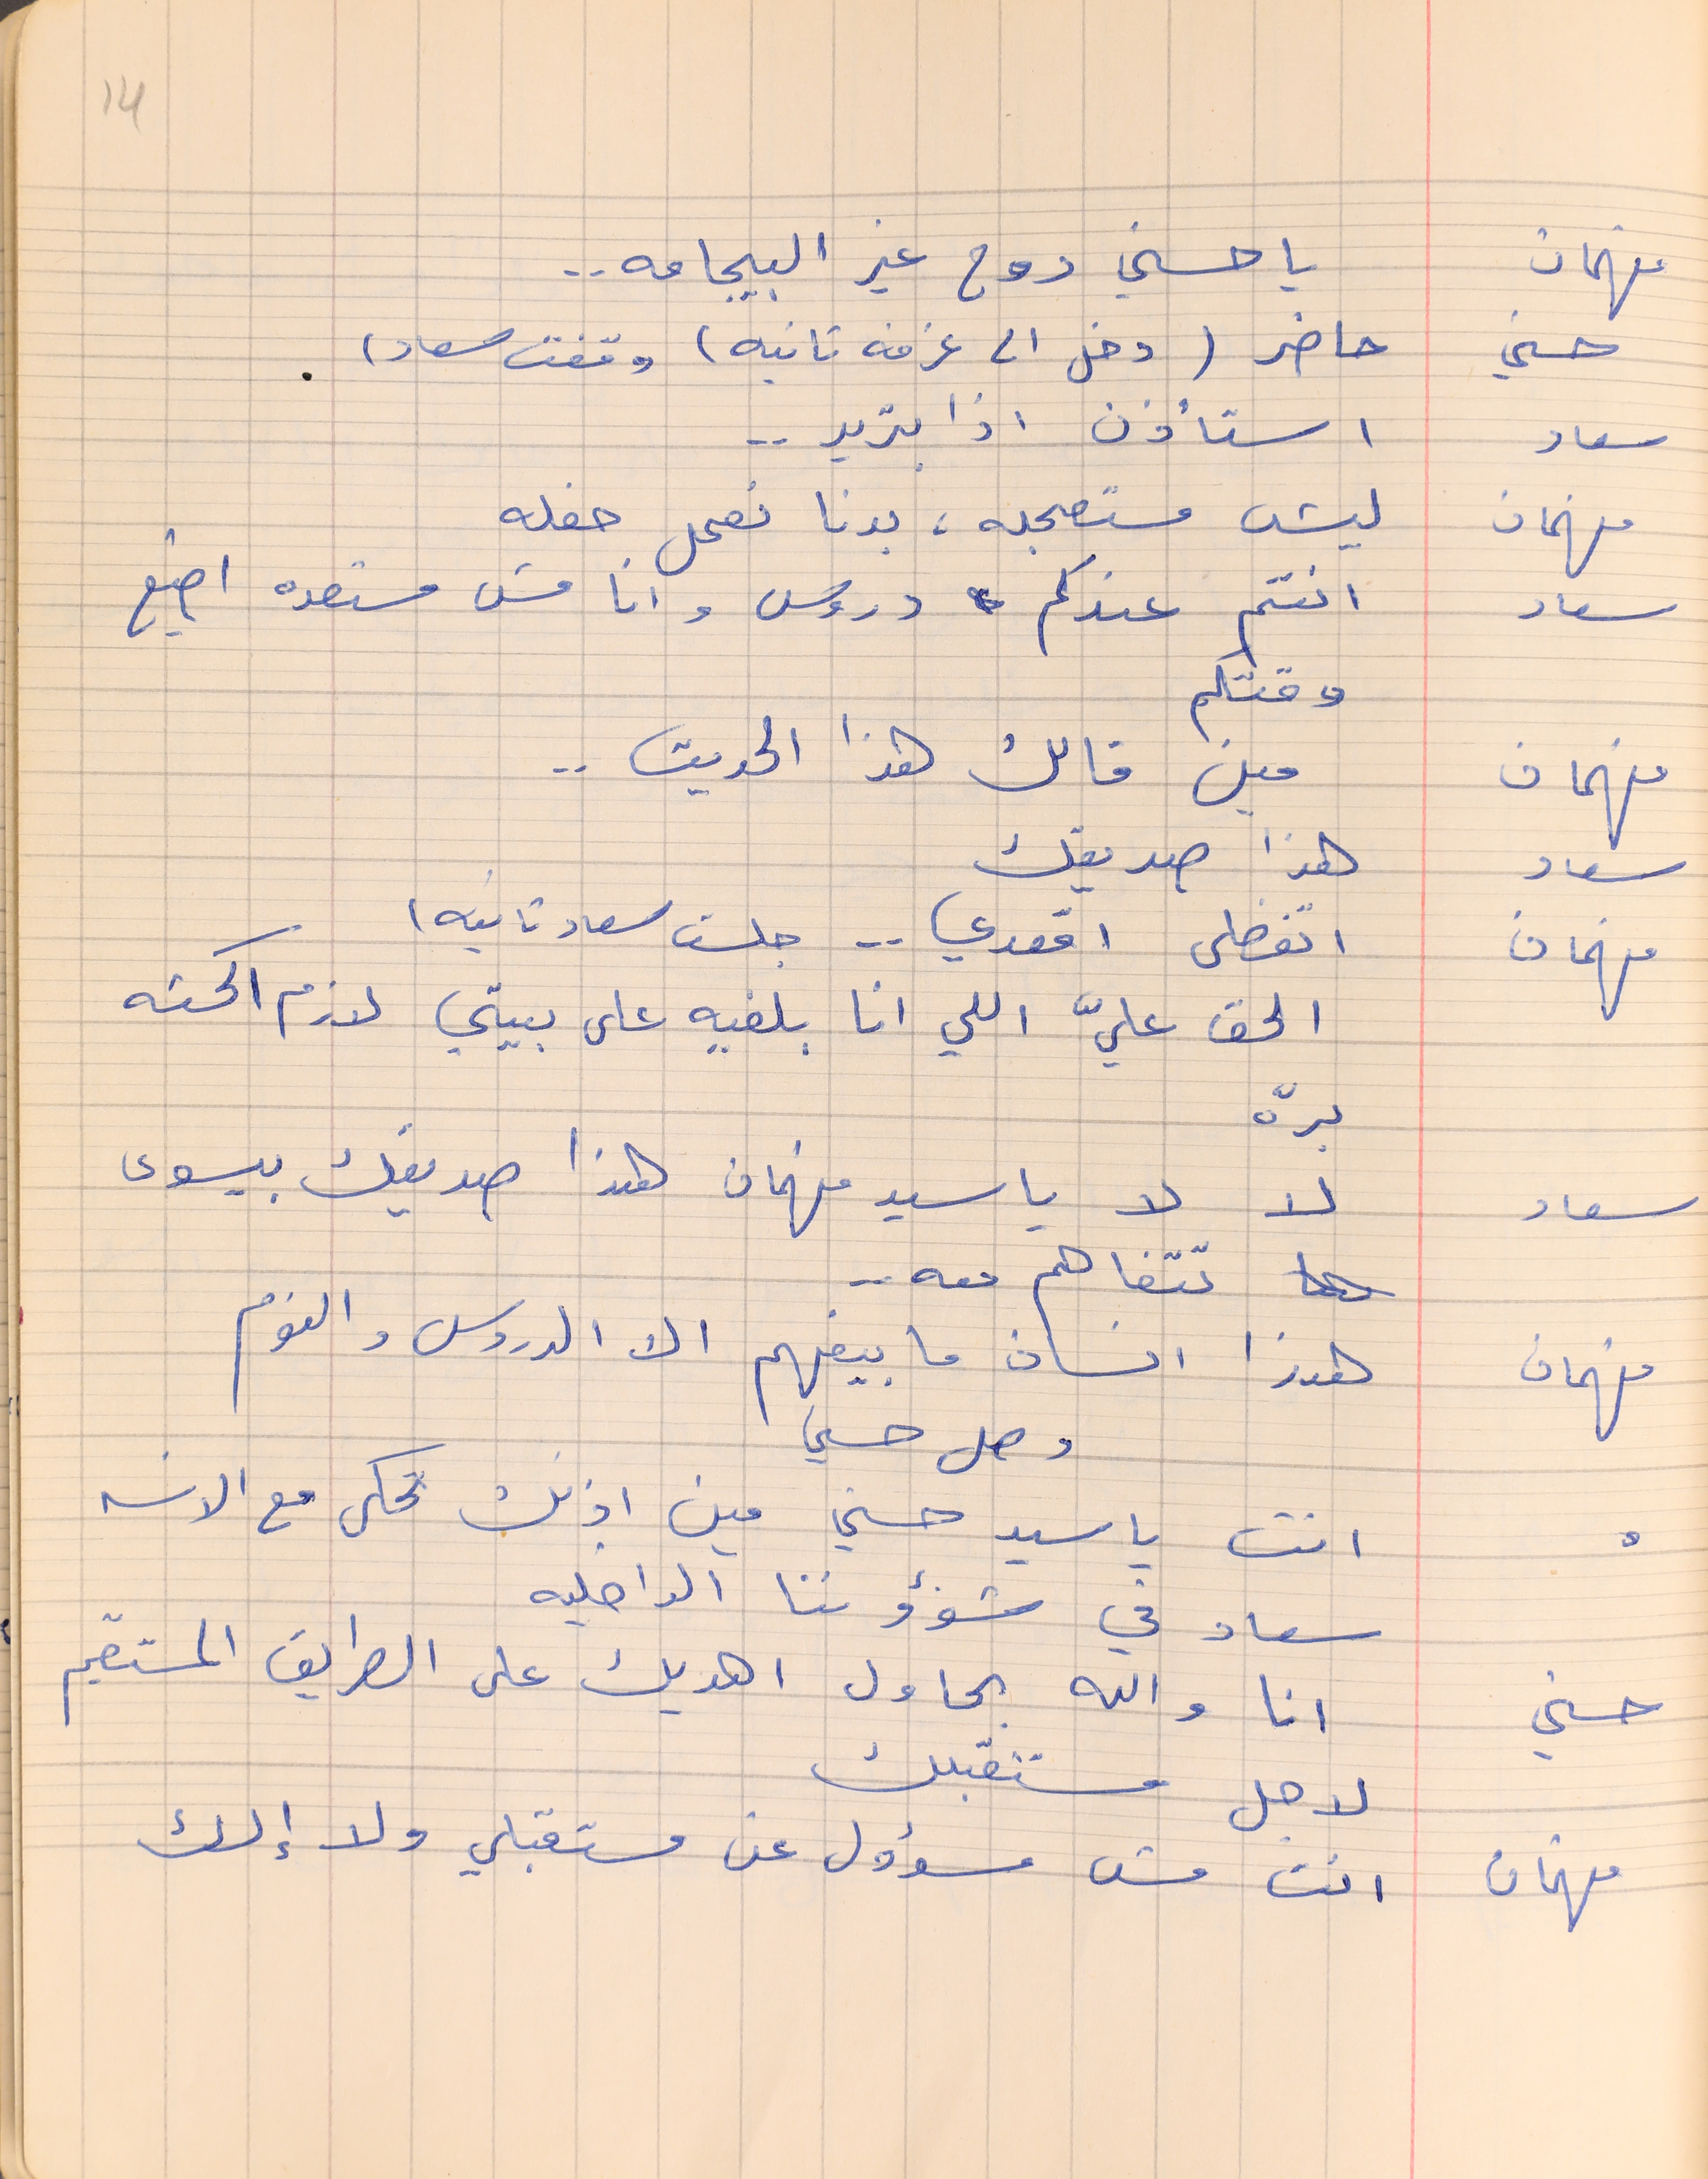
فهمان     يا حسني روح غير البيجامه . .
حسني    حاضر (دخل الى غرفه تانيه) وقفت سعاد)
سعاد    استأذن اذا بتريد . .
فهمان    ليش مستعجله، بدنا نعمل حفله
سعاد    انتم عندكم دروس وانا مش مستعده اضيع
فهمان    مين قالك هذا الحديث . .
سعاد    هذا صديقك
فهمان     اتفضلى اقعدي . .  جلست سعاد تانيه)
الحق عليّ اللي انا بلفيه على بيتي لازم اكحته
برّه
سعاد    لا لا يا سيد فهمان هذا صديقك بيسوى
 تتفاهم معه  . .
فهمان   هذا انسان ما بيفهم الا الدروس والنوم
„          انت ياسيد حسني مين اذنك تحكى مع الانسه
سعاد في شؤواننا الداخليه
حسني     انا والله بحاول اهديك على الطريق المستقيم
لاجل مستقبلك
 فهمان     انت مش مسؤول عن مستقبلي ولا إلك
14
وصل حسني
وقتكم